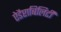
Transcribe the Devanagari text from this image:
ऐडैप्टाबिलिटी